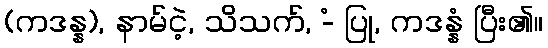
(ကဒန္န), နာမ်ငဲ့, သိသက်, -ံ ပြု, ကဒန္နံ ပြီး၏။